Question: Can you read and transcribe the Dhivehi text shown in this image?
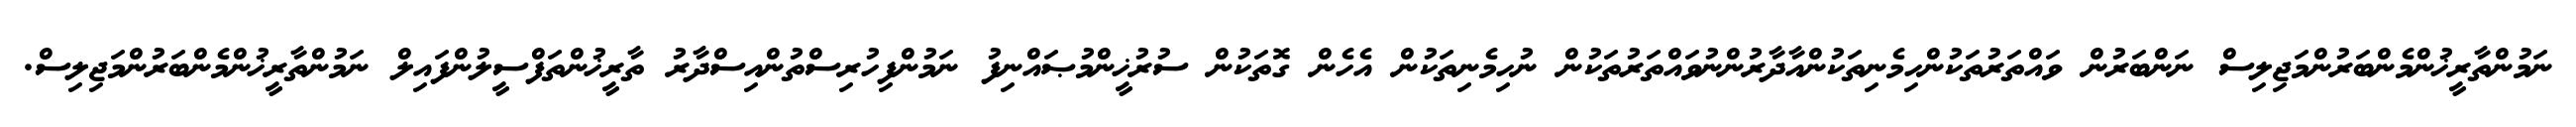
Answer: ނަމުންތާރީޚުންމެންބަރުންމަޖިލިސް ނަންބަރުން ވައްތަރުތަކުންހިމެނިތަކުންއާދާރުންނުވައްތަރުތަކުން ނުހިމެނިތަކުން އެހެން ގޮތަކުން ސުރުޚީންމުޞައްނިފު ނަމުންފިހުރިސްތުންއިސްދާރު ތާރީޚުންތަފްސީލުންފައިލް ނަމުންތާރީޚުންމެންބަރުންމަޖިލިސް.